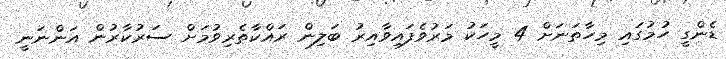
ޑެންގީ ހުމުގައި މިހާތަނަށް 4 މީހަކު މަރުވެފައިވާއިރު ބަލިން ރައްކާތެރިވުމަށް ސަރުކާރުން އަންނަނީ